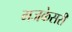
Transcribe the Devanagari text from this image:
गजकेसरी